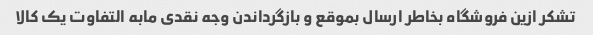
تشکر ازین فروشگاه بخاطر ارسال بموقع و بازگرداندن وجه نقدی مابه التفاوت یک کالا